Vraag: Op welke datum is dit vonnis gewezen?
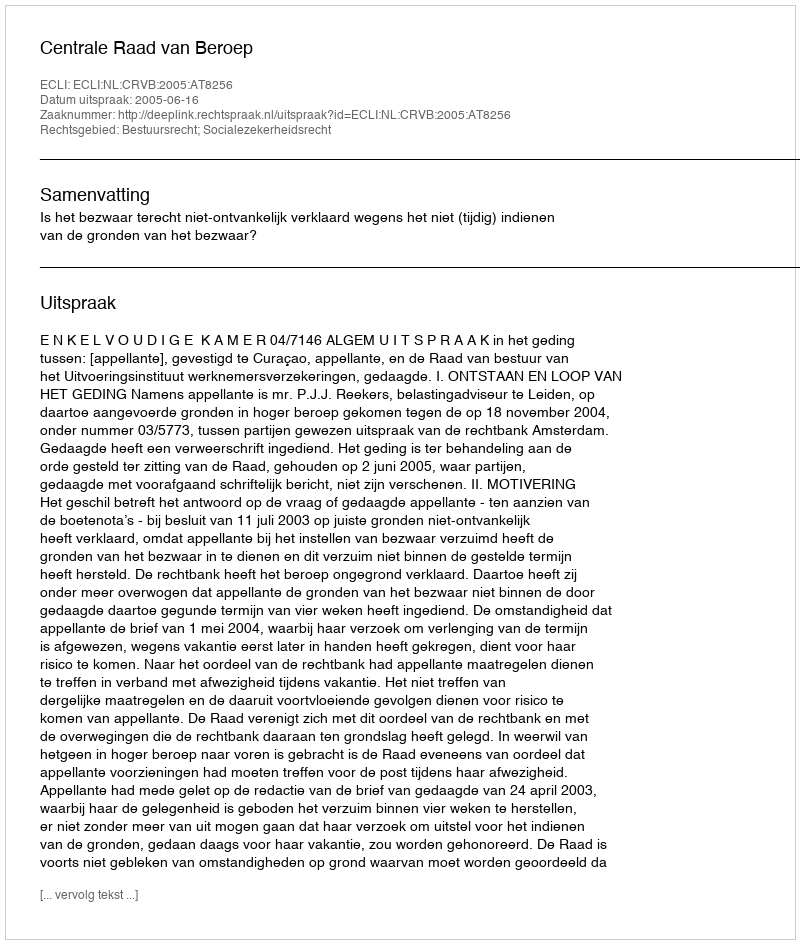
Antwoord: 2005-06-16